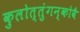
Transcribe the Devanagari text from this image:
कुलोत्तुंगन्कोवै